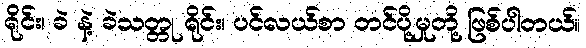
ရိုင်း၊ ခဲ နဲ့ ခဲသတ္တု ရိုင်း၊ ပင်လယ်စာ တင်ပို့မှုတို့ ဖြစ်ပါတယ်။